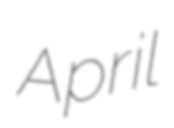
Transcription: April